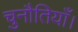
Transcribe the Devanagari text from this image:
चुनौतियाँ।